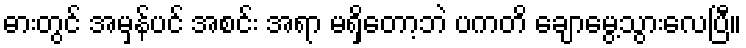
ဓားတွင် အမှန်ပင် အစင်း အရာ မရှိတော့ဘဲ ပကတိ ချောမွေ့သွားလေပြီ။